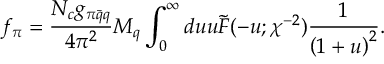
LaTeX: f _ { \pi } = \frac { N _ { c } g _ { \pi \bar { q } q } } { 4 \pi ^ { 2 } } M _ { q } \int _ { 0 } ^ { \infty } d u u \tilde { F } ( - u ; \chi ^ { - 2 } ) \frac { 1 } { \left( 1 + u \right) ^ { 2 } } .